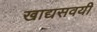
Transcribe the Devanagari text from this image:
खाद्यसवयी